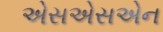
એસએસએન